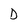
Character: D